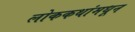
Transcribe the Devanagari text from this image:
लोककथांमधून